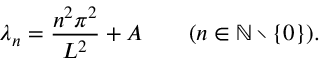
\lambda _ { n } = { \frac { n ^ { 2 } \pi ^ { 2 } } { L ^ { 2 } } } + A \qquad ( n \in \mathbb { N } \setminus \{ 0 \} ) .